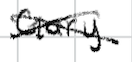
Text: Gary
Cross-out: cross
Writing tool: digital_black